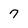
Character: 7